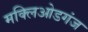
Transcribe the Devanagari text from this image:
मक्लिओडगंज